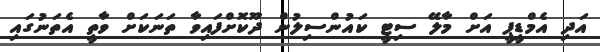
އަދި އެމްޑީޕީ އަށް މާލޭ ސިޓީ ކައުންސިލުން ދޫކޮށްފައިވާ ތަނަކަށް ވާތީ އެތަނުގައި